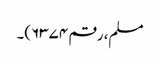
مسلم، رقم ۶۳۷۴)۔